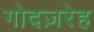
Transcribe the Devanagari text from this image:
गोदज़रेह